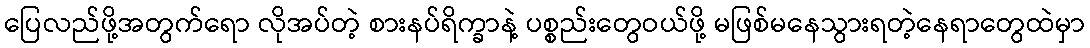
ပြေလည်ဖို့အတွက်ရော လိုအပ်တဲ့ စားနပ်ရိက္ခာနဲ့ ပစ္စည်းတွေဝယ်ဖို့ မဖြစ်မနေသွားရတဲ့နေရာတွေထဲမှာ